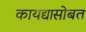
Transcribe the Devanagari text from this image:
कायद्यासोबत